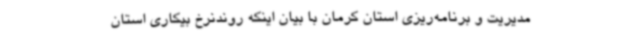
مدیریت و برنامه‌ریزی استان کرمان با بیان اینکه روندنرخ بیکاری استان